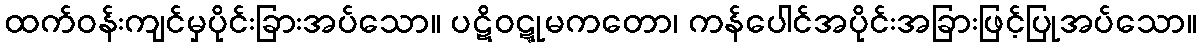
ထက်ဝန်းကျင်မှပိုင်းခြားအပ်သော။ ပဋိဝဋ္ဋုမကတော၊ ကန်ပေါင်အပိုင်းအခြားဖြင့်ပြုအပ်သော။